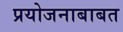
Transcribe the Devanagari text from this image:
प्रयोजनाबाबत